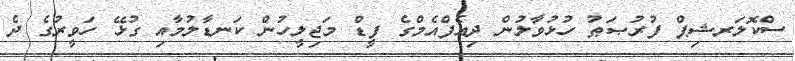
ސްކޮލަރޝިޕް ފުރުޞަޠު ހުޅުވާލުން ދިއެފްއެމްގެ ފީޑް މަޖިލީހުން ކަނޑާލުމާއި ގުޅޭ ހަވީރުގެ ދެ